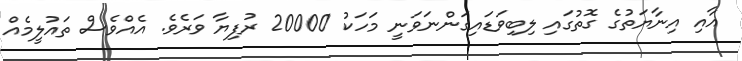
އާއި އިނާޔަތުގެ ގޮތުގައި ލިބިވަޑައިގަންނަވަނީ މަހަކު 20000 ރުފިޔާ ވަރެވެ. އެއްވެސް ތައުލީމެއް